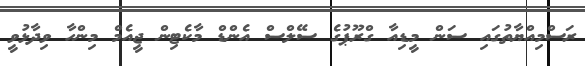
ރަސްމިއްޔާތުގައި ސަން މީޑިއާ ގްރޫޕުގެ ސޭލްސް އެންޑް މާކެޓިން ޖީއެމް މިންހާ ވިދާޅުވީ